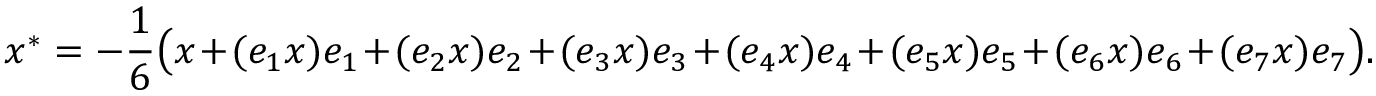
x ^ { * } = - { \frac { 1 } { 6 } } { \bigl ( } x + ( e _ { 1 } x ) e _ { 1 } + ( e _ { 2 } x ) e _ { 2 } + ( e _ { 3 } x ) e _ { 3 } + ( e _ { 4 } x ) e _ { 4 } + ( e _ { 5 } x ) e _ { 5 } + ( e _ { 6 } x ) e _ { 6 } + ( e _ { 7 } x ) e _ { 7 } { \bigr ) } .